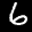
Label: 6